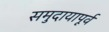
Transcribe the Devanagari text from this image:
समुदायापूर्व